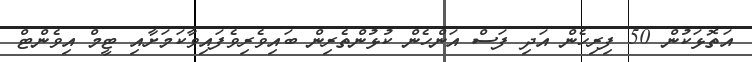
އަތޮޅަކުން 50 ފިރިހެން އަދި ފަސް އަންހެން ކުޅުންތެރިން ބައިވެރިވެފައިވާކަމަށާއި ޓީމް އިވެންޓް